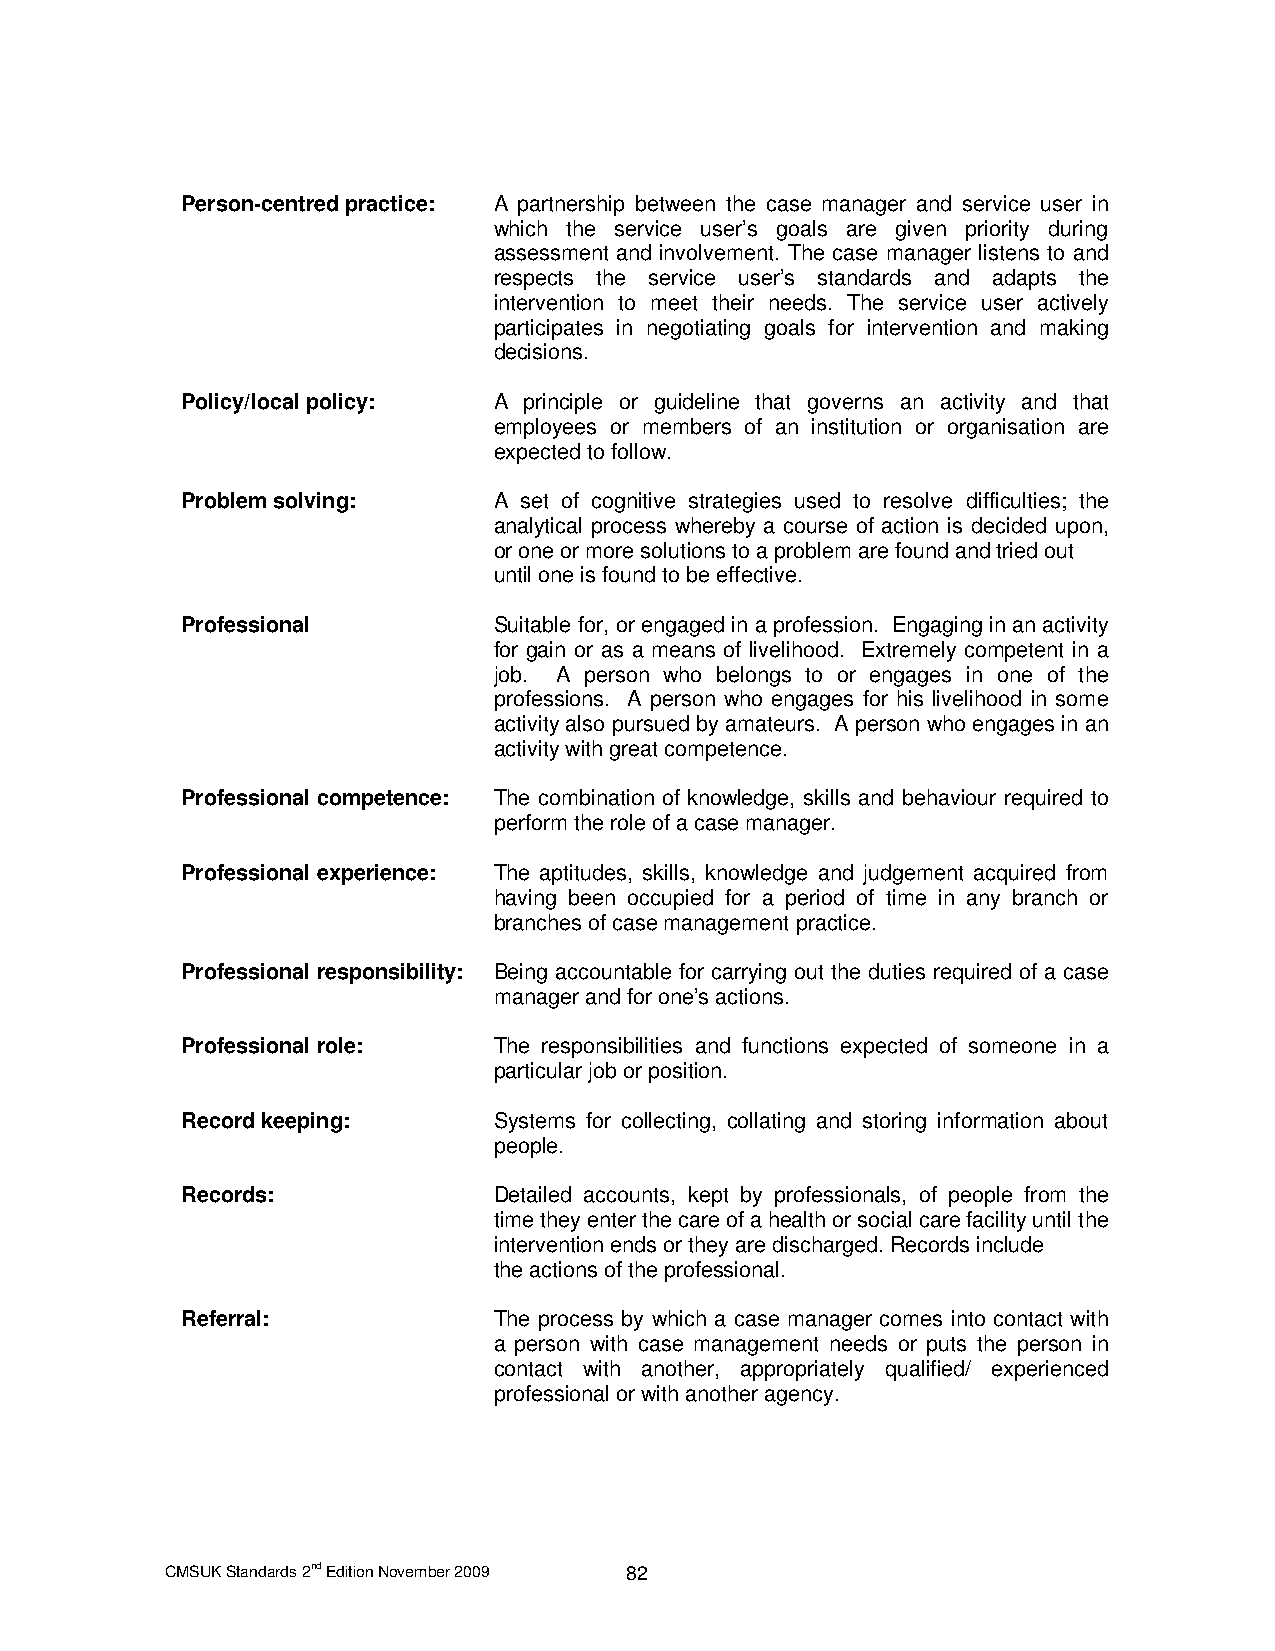
Person-centred practice: A partnership between the case manager and service user in
 which the service user’s goals are given priority during
 assessment and involvement. The case manager listens to and
 respects the service user’s standards and adapts the
 intervention to meet their needs. The service user actively
 participates in negotiating goals for intervention and making
 decisions.
 Policy/local policy: A principle or guideline that governs an activity and that
 employees or members of an institution or organisation are
 expected to follow.
 Problem solving:     A set of cognitive strategies used to resolve difficulties; the
 analytical process whereby a course of action is decided upon,
 or one or more solutions to a problem are found and tried out
 until one is found to be effective.
 Professional         Suitable for, or engaged in a profession. Engaging in an activity
 for gain or as a means of livelihood. Extremely competent in a
 job. A person who belongs to or engages in one of the
 professions. A person who engages for his livelihood in some
 activity also pursued by amateurs. A person who engages in an
 activity with great competence.
 Professional competence: The combination of knowledge, skills and behaviour required to
 perform the role of a case manager.
 Professional experience: The aptitudes, skills, knowledge and judgement acquired from
 having been occupied for a period of time in any branch or
 branches of case management practice.
 Professional responsibility: Being accountable for carrying out the duties required of a case
 manager and for one’s actions.
 Professional role:   The responsibilities and functions expected of someone in a
 particular job or position.
 Record keeping:      Systems for collecting, collating and storing information about
 people.
 Records:             Detailed accounts, kept by professionals, of people from the
 time they enter the care of a health or social care facility until the
 intervention ends or they are discharged. Records include
 the actions of the professional.
 Referral:            The process by which a case manager comes into contact with
 a person with case management needs or puts the person in
 contact with another, appropriately qualified/ experienced
 professional or with another agency.
 CMSUK Standards 2nd Edition November 2009 82